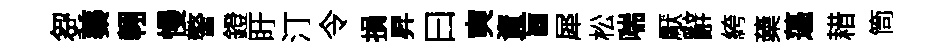
芻蓁翱慢警鐙盱汀令損昇曰奭資盲犀松喘厭辭絝蘃薖耤筒